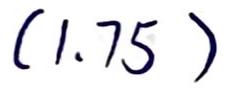
$(1.75)$